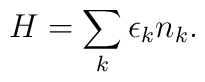
H=\sum_k \epsilon_k n_k.